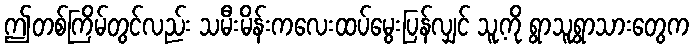
ဤတစ်ကြိမ်တွင်လည်း သမီးမိန်းကလေးထပ်မွေးပြန်လျှင် သူ့ကို ရွာသူရွာသားတွေက